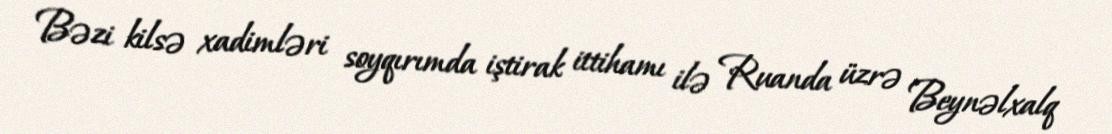
Bəzi kilsə xadimləri soyqırımda iştirak ittihamı ilə Ruanda üzrə Beynəlxalq